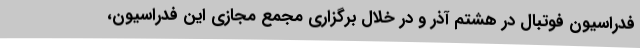
فدراسیون فوتبال در هشتم آذر و در خلال برگزاری مجمع مجازی این فدراسیون،